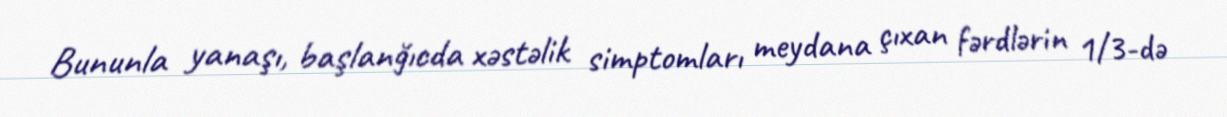
Bununla yanaşı, başlanğıcda xəstəlik simptomları meydana çıxan fərdlərin 1/3-də